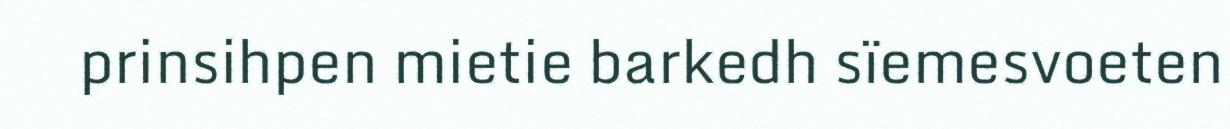
prinsihpen mietie barkedh sïemesvoeten